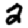
Digit: 2